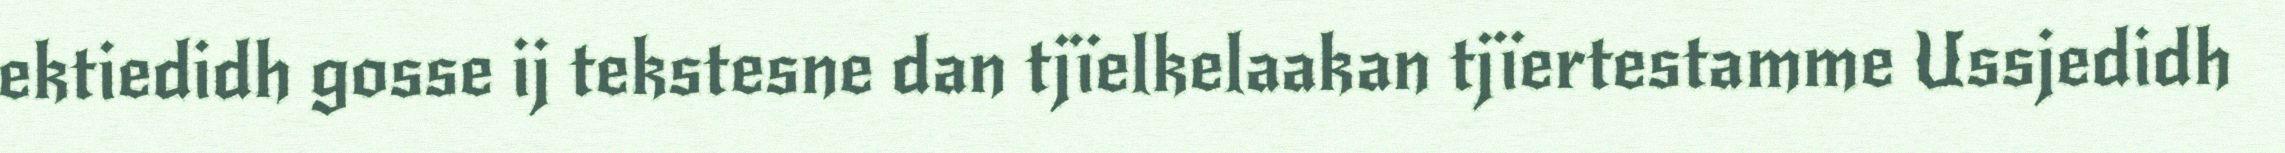
ektiedidh gosse ij tekstesne dan tjïelkelaakan tjïertestamme Ussjedidh